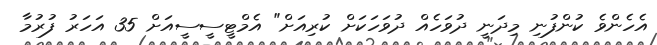
އެހެންވެ ކުންފުނި މިދަނީ ދުވަހެއް ދުވަހަކަށް ކުރިއަށް" އެމްޓީސީސީއަށް 35 އަހަރު ފުރުމާ